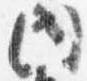
内